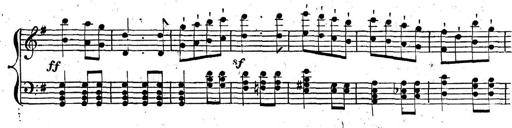
Title: Nouvelle Sonatine facile et agrÃ©able
Composer: Ignaz Moscheles
Key: G major